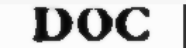
DOC